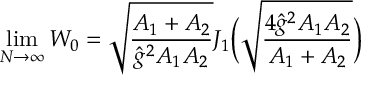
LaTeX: \operatorname * { l i m } _ { N \to \infty } { \cal W } _ { 0 } = \sqrt { \frac { A _ { 1 } + A _ { 2 } } { \hat { g } ^ { 2 } A _ { 1 } A _ { 2 } } } J _ { 1 } \Bigl ( \sqrt { \frac { 4 \hat { g } ^ { 2 } A _ { 1 } A _ { 2 } } { A _ { 1 } + A _ { 2 } } } \Bigr )